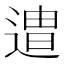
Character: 𮞯